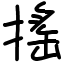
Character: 搖